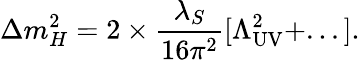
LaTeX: \Delta m_{H}^{2}=2\times{\frac{\lambda_{S}}{16\pi^{2}}}[\Lambda_{\mathrm{UV}}^{2}+...].